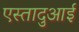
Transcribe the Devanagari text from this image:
एस्तादुआई